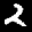
Label: 2